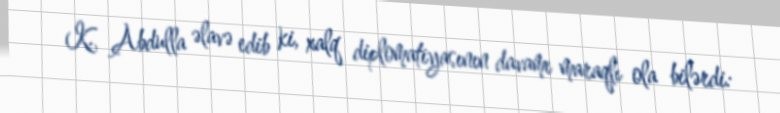
K. Abdulla əlavə edib ki, xalq diplomatiyasının davamı maraqlı ola bilərdi: